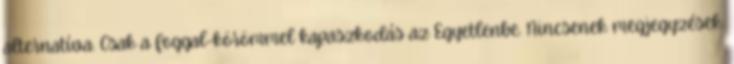
alternatíva. Csak a foggal-körömmel kapaszkodás az Egyetlenbe. Nincsenek megjegyzések: